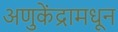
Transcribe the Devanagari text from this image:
अणुकेंद्रामधून